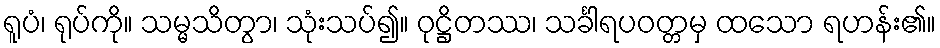
ရူပံ၊ ရုပ်ကို။ သမ္မသိတွာ၊ သုံးသပ်၍။ ဝုဋ္ဌိတဿ၊ သင်္ခါရပဝတ္တမှ ထသော ရဟန်း၏။